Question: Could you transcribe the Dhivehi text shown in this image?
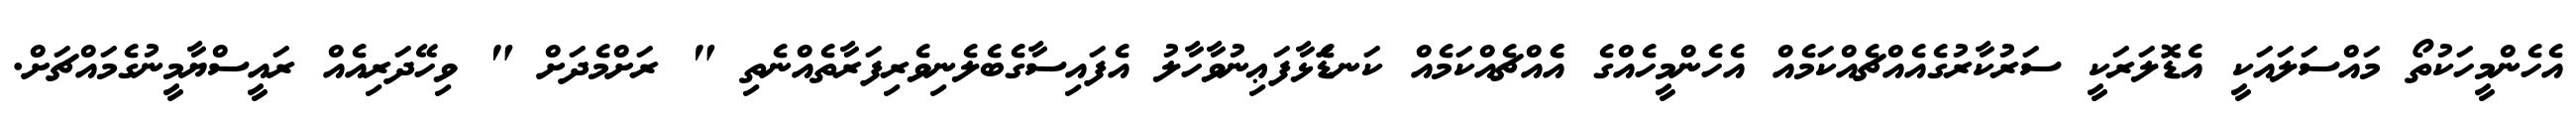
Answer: އެހެންމީހަކުތޯ މައްސަލައަކީ އެޑޮލަރަކީ ސަރުކާރުގެއެއްޗެއްކަމެއް އެހެންމީހެއްގެ އެެއްޗެއްކަމެއް ކަނޑަެަޅާފަޢިނުވާހާލު އެފައިސާގެބެލެނިވެރިފަރާތެއްނެތި " ރަށްމެދަށް " ވިހޭދަރިއެއް ރައީސްޔާމީނުގެމައްޗަށް.